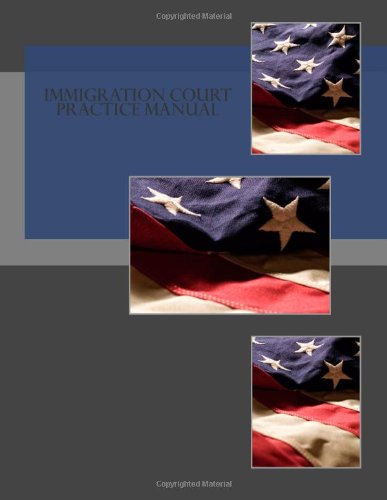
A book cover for Immigration Court Practice Manual; Executive Office for Immigration Review (EOIR); Law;